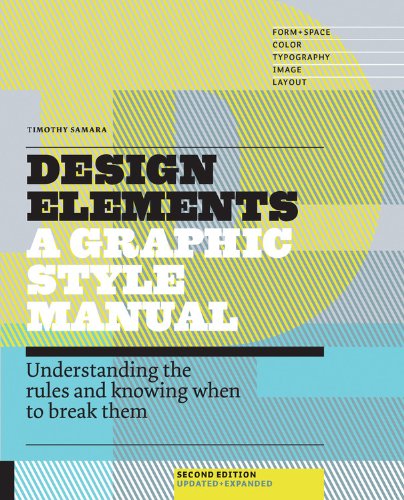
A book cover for Design Elements, 2nd Edition: Understanding the rules and knowing when to break them - Updated and Expanded; Timothy Samara; Arts & Photography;